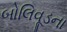
બોલિવૂડના